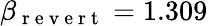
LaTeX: \beta_{\mathrm{~r~e~v~e~r~t~}}=1.309